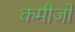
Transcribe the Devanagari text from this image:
कमीजों